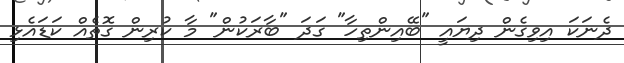
ދެނަކަ އިވިގެން ދިޔައީ "ބޭއިންތިހާ" ގަދަ "ބާރަކުން" މާ ކުރިން ގޮތެއް ކަޑައެޅި